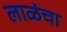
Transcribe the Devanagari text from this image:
लाळंचा